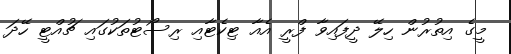
މީގެ އިތުރުން ހިލޭ ދީފައިވާ ފްރީ އެއާ ޓިކެޓާއި ރިސޯޓުތަކުގައި ޗުއްޓީ ހޭދަ